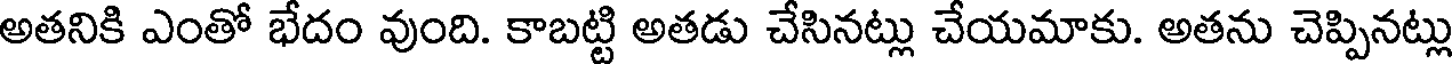
అతనికి ఎంతో భేదం వుంది. కాబట్టి అతడు చేసినట్లు చేయమాకు. అతను చెప్పినట్లు